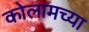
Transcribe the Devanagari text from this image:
कोलामच्या